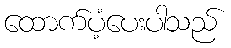
ထောက်ပံ့ပေးပါသည်